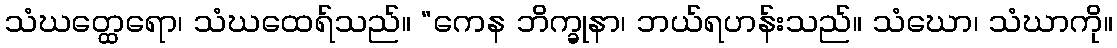
သံဃတ္ထေရော၊ သံဃထေရ်သည်။ “ကေန ဘိက္ခုနာ၊ ဘယ်ရဟန်းသည်။ သံဃော၊ သံဃာကို။